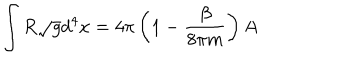
\int R \sqrt { g } d ^ { 4 } x = 4 \pi \left( 1 - { \frac { \beta } { 8 \pi m } } \right) A